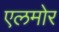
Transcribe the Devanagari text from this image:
एलमोर